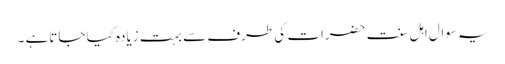
یہ سوال اہل سنت حضرات کی طرف سے بہت زیادہ کیا جاتاہے ۔